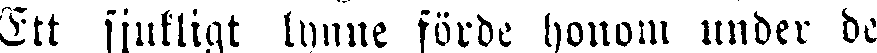
Ett sjukligt lynne förde honom under de